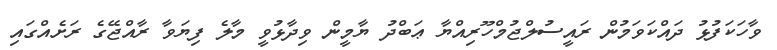
ވާހަކަފުޅު ދައްކަވަމުން ރައީސުލްޖުމްހޫރިއްޔާ ޢަބްދު ޔާމީން ވިދާޅުވީ މާލެ ފިޔަވާ ރާއްޖޭގެ ރަށެއްގައި